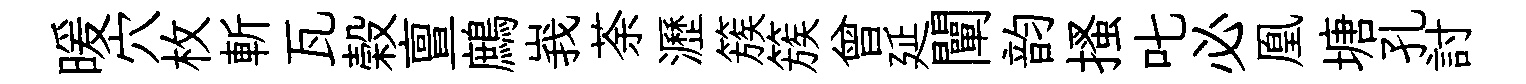
暖穴枚斬瓦榖亶鷓峩荼瀝簇簇曾延闡韵搔叱必凰塘孔討